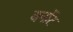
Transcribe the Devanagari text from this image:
बर्नोट